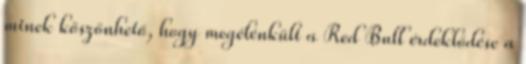
minek köszönhető, hogy megélénkült a Red Bull érdeklődése a